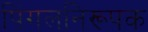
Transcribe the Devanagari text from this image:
पिंगलनिरूपक